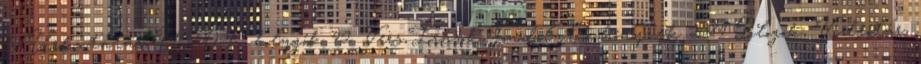
15 Űrkutatás, UFO-k, bolygók 42 Vers,Írások,Gondolatok,könyvek 2384 Blogok, Videótár,